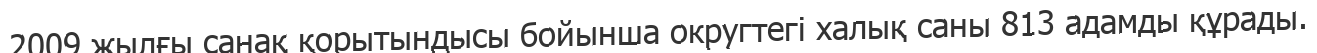
2009 жылғы санақ қорытындысы бойынша округтегі халық саны 813 адамды құрады.